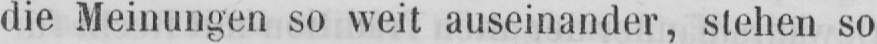
die Meinungen so weit auseinander, stehen so